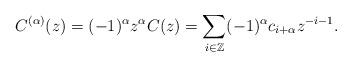
LaTeX: \begin{align*}C^{(\alpha)}(z)=(-1)^\alpha z^{\alpha}C(z)=\sum_{i\in\mathbb{Z}}(-1)^\alpha c_{i+\alpha}z^{-i-1}.\end{align*}